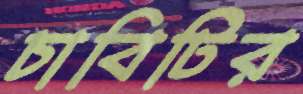
চাবিটির